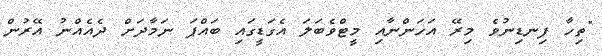
"ތިހާ ފިނޑިނުވެ މިރޭ އަހަންނާއި މީޓްވެބަލަ އެގަޑީގައި ބައްޕަ ނަމާދަށް ދެއެއްނު އޭރުން